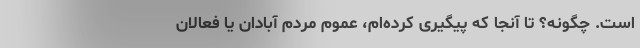
است. چگونه؟ تا آنجا که پیگیری کرده‌ام، عموم مردم آبادان یا فعالان